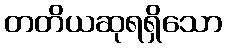
တတိယဆုရရှိသော